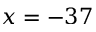
x = - 3 7